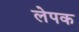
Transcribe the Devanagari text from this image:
लेपक